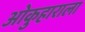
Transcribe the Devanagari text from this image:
ओकुहाराला